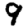
Digit: 9